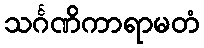
သင်္ဂဏိကာရာမတံ